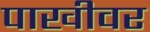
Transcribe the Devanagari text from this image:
पाखीवर